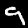
Label: 9